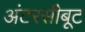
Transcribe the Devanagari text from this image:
अंटरसीबूट